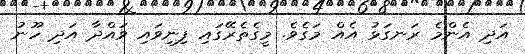
އަދި އެންމެ ރަނގަޅު އެއް މަގެވެ. މީގެތެރޭގައި ފިނިވައި ވައްދާ އަދި ހޫނު